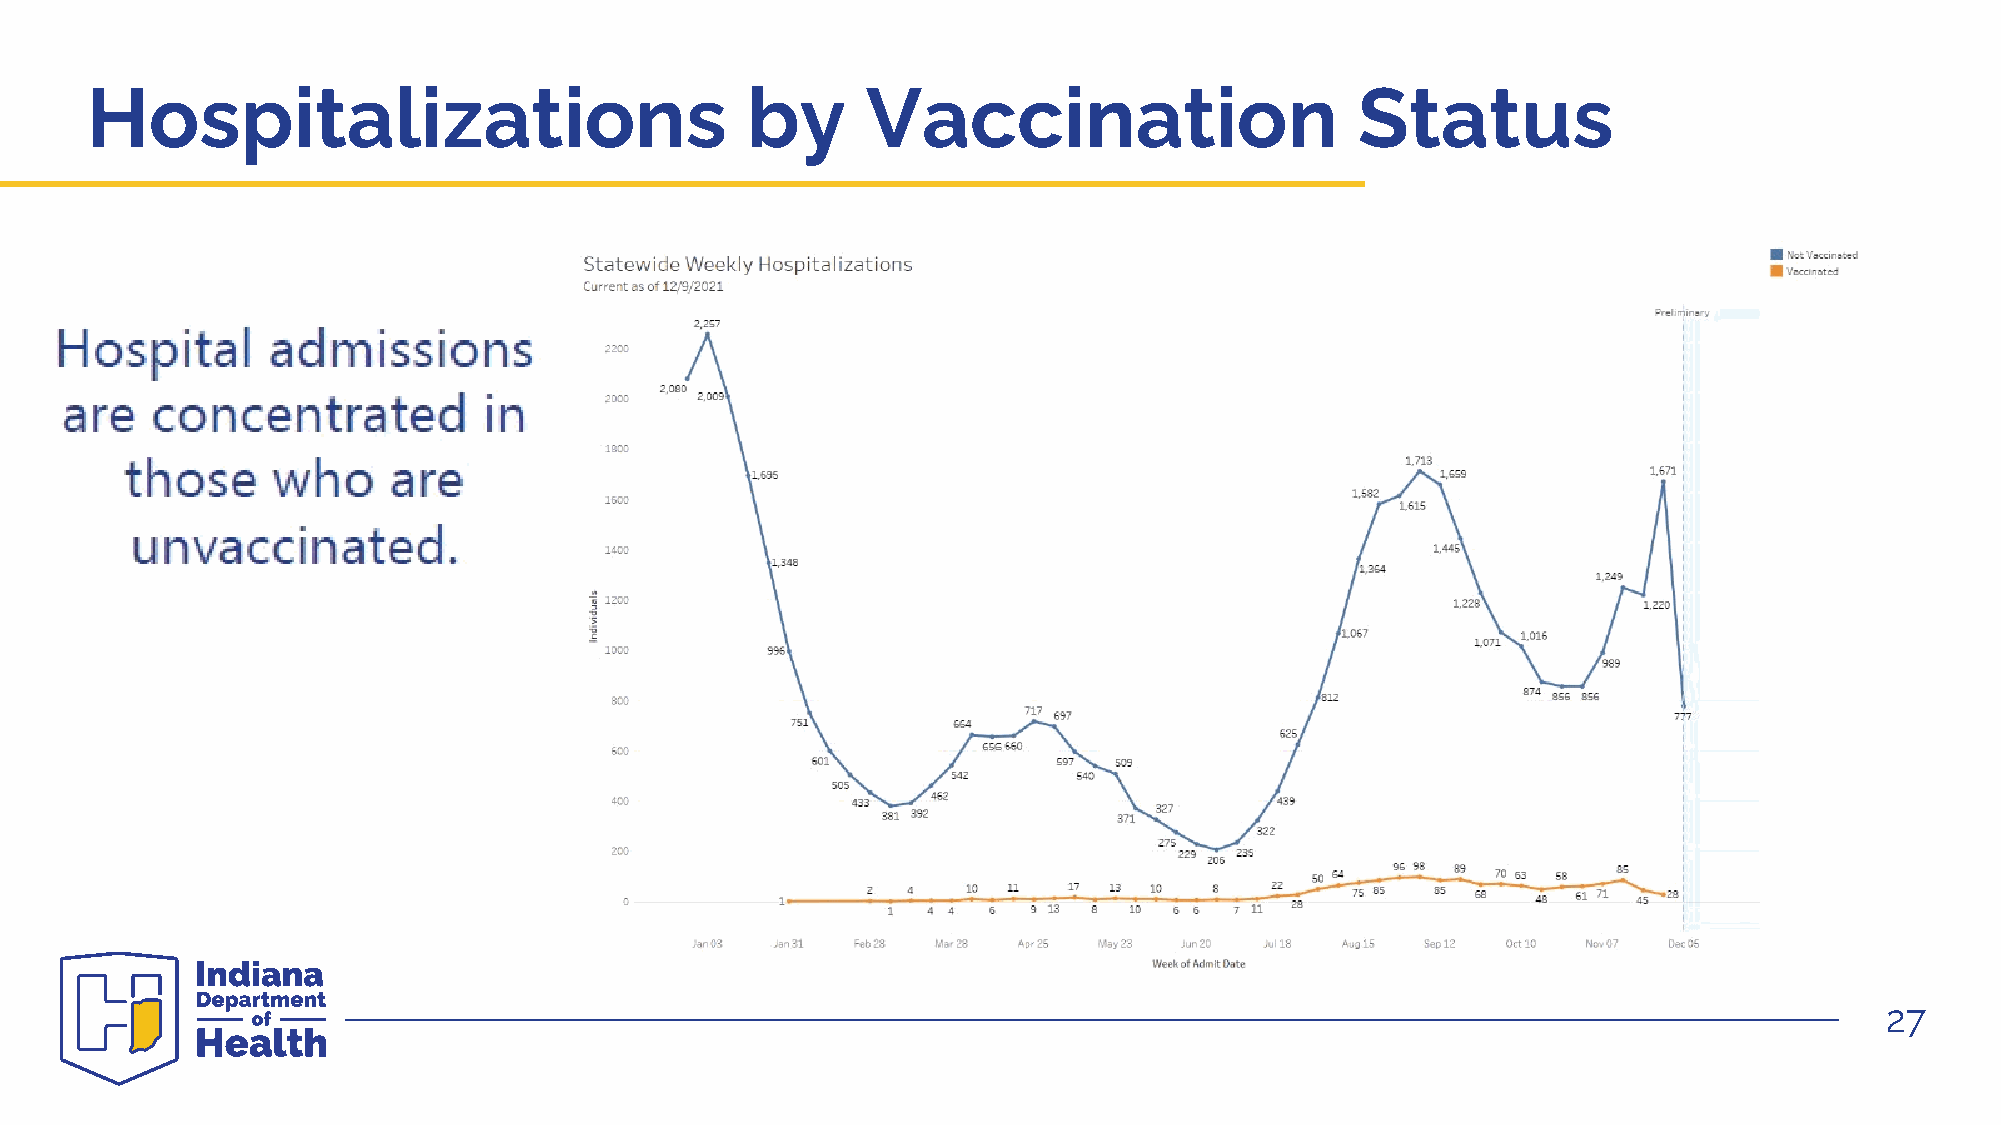
Hospitalizations                           by      Vaccination                      Status
 27